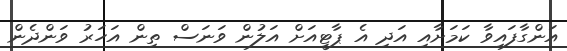
އަންގާފައިވާ ކަމަށާއި އަދި އެ ޕާޓީއަށް އަލުން ވަނަސް ތިން އަހަރު ވަންދެން